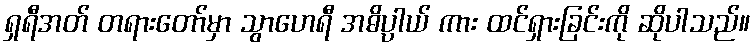
ရှရီအတ် တရားတော်မှာ သွာဟေရီ အဓိပ္ပာယ် ကား ထင်ရှားခြင်းကို ဆိုပါသည်။